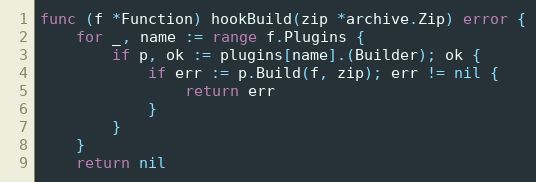
Language: Go
func (f *Function) hookBuild(zip *archive.Zip) error {
	for _, name := range f.Plugins {
		if p, ok := plugins[name].(Builder); ok {
			if err := p.Build(f, zip); err != nil {
				return err
			}
		}
	}
	return nil